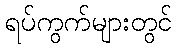
ရပ်ကွက်များတွင်